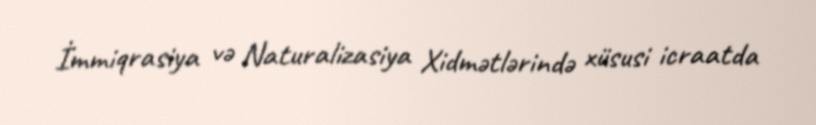
İmmiqrasiya və Naturalizasiya Xidmətlərində xüsusi icraatda